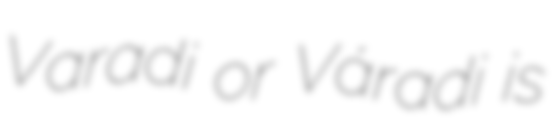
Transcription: Varadi or Váradi is